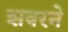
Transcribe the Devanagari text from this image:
शवरने